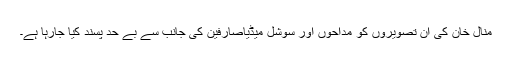
منال خان کی ان تصویروں کو مداحوں اور سوشل میڈیاصارفین کی جانب سے بے حد پسند کیا جارہا ہے۔